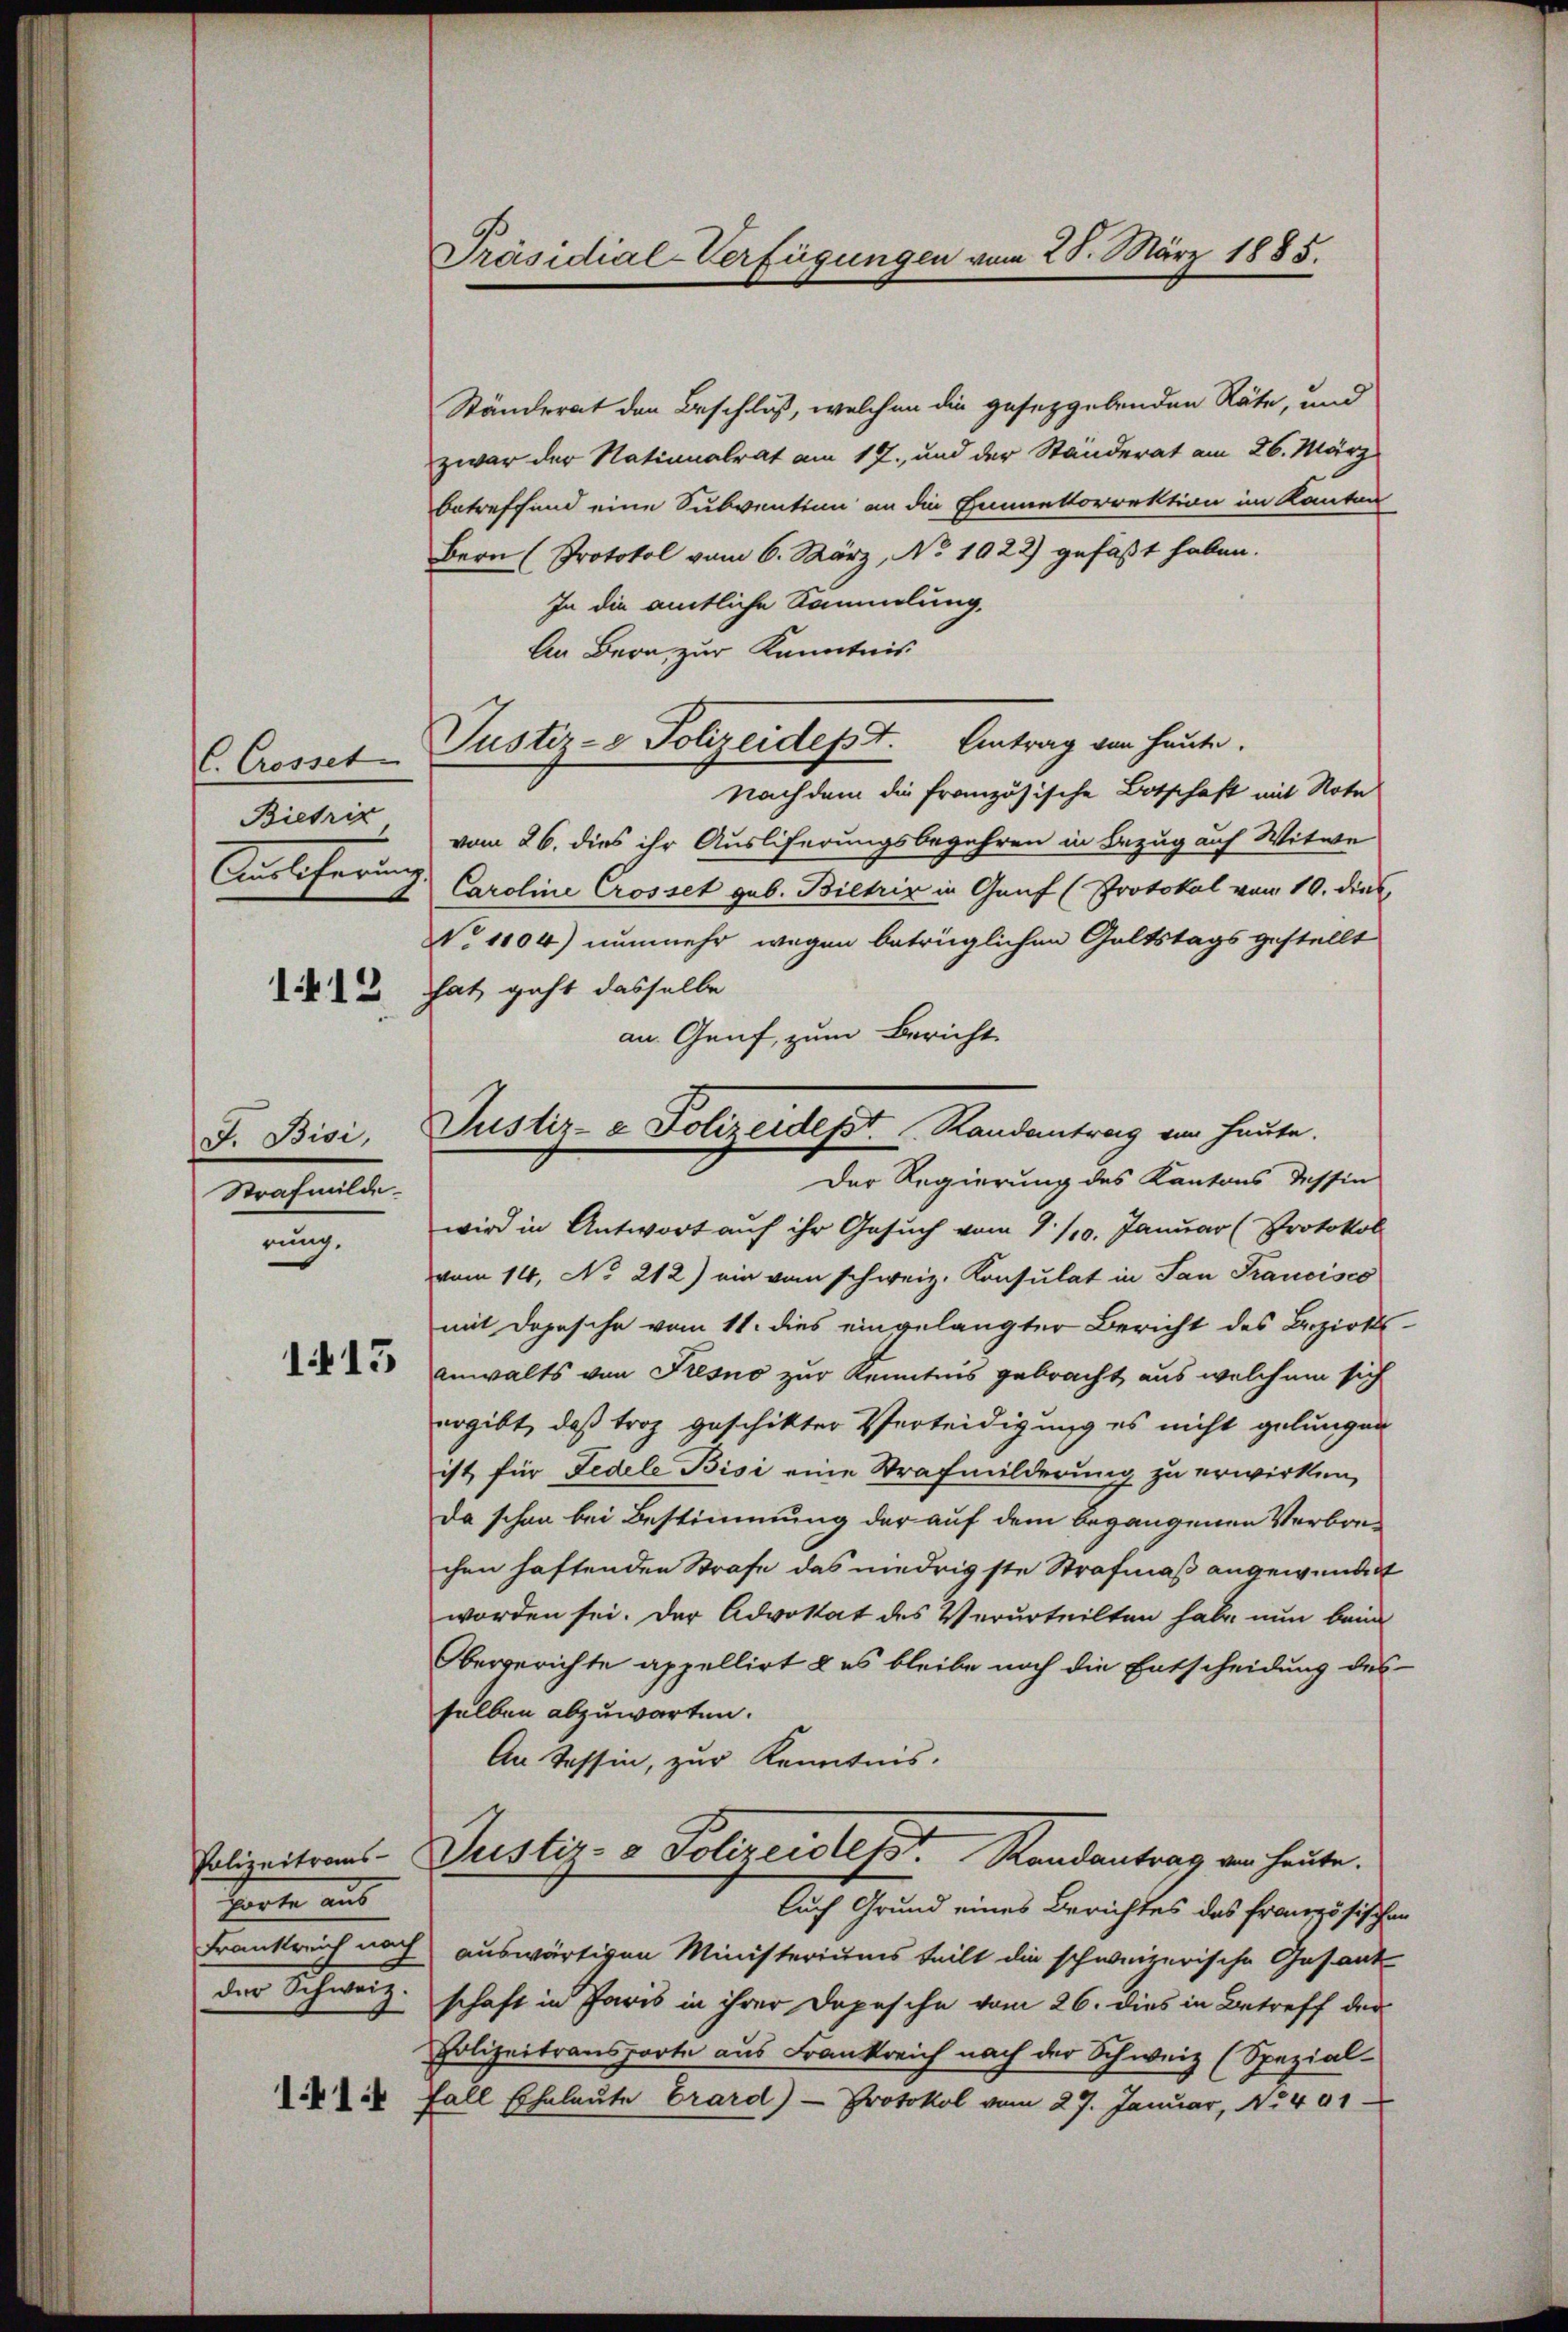
C. Crosset
Bietric

J. Bisi,
Strafmilde.
rung.

115

Polizeitraus-
tarte aus
der Schweiz.
1414

Präsidial-Verfügungen vom 28. März 1885.

Ständerat den Beschluß, welchen die gesetzgebenden Räte, und
zwar der Nationalrat am 17. und der Ständerat am 26. März
betreffend eine Subvention an die Einnettorrektion im Kanton
Bern (Protokol vom 6. März, No 1022) gefaßt haben.
In die amtliche Sammlung,
An Bern, zur Kenntnis
Antrag von heute.
Nachdem die französische Botschaft mit Note
vom 26. dies ihr Auslieferungsbegehren in Bezug auf Witwe
Auslieferung Caroline Crosset geb. Bietris in Graf (Protokol von 10. dies
No 1104) nunmehr wegen betrüglichen Galtstagsgestellt
2 hat geht dasselbe
an Genf, zum Bericht
Der Regierung des Kantons dessin
wird in Antwort auf ihr Gesuch vom 1. /10. Januar (Protokol
vom 14. No 212) ein vom schweiz. Konsulat in San Francisco
mit dopesche vom 11. dies eingelangter Bericht des Bezirks-
Anwalts von Fresno zur Kenntnis gebracht aus welchem sich
ergibt, daß troz geschikter Verteidigung es nicht gelungen
ist für Fedele Bisi eine Strafmilderung zu erwirken,
Da schon bei Bestimmung der auf dem begangenen Verbrechen haftenden Strafe das niedrigste Strafmaß angewendigt
worden sei. Der Advokat des Verurteilten habe nun beim
Obergerichte appellirt & es bleibe noch die Entscheidung des
selben abzuwarten.
An Tessin, zur Kenntnis.
Justiz- & Polizeistes Randantrag von heute.
Auch Grund eines Berichtes das französischen
Frankreich noch auswärtigen Ministeriums teilt die schweizerische Gesant
schaft in Paris in ihrer Depesche vom 26. dies in Betreff der
Polizeitransporte aus Frankreich nach der Schweiz (Spezial-
Fall Eheleute Grard) - Protokol vom 27. Januar, No. 491

Justiz- & Polizeidept.

Justiz- & Polizeidept.   Randantrag von heute.